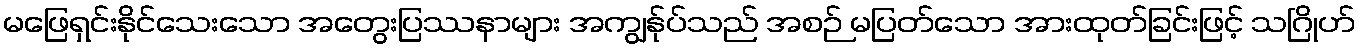
မဖြေရှင်းနိုင်သေးသော အတွေးပြဿနာများ အကျွန်ုပ်သည် အစဉ် မပြတ်သော အားထုတ်ခြင်းဖြင့် သဂြိုဟ်